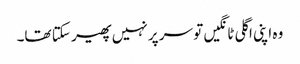
وہ اپنی اگلی ٹانگیں تو سر پر نہیں پھیر سکتا تھا۔